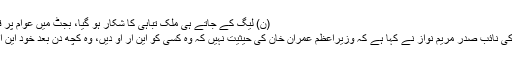
(ن) لیگ کے جاتے ہی ملک تباہی کا شکار ہو گیا، بجٹ میں عوام پر قیامت ڈھا دی: مریم نواز
ظفر وال: مسلم لیگ (ن) کی نائب صدر مریم نواز نے کہا ہے کہ وزیراعظم عمران خان کی حیثیت نہیں کہ وہ کسی کو این آر او دیں، وہ کچھ دن بعد خود این آر او مانگتے پھریں گے۔